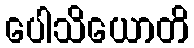
ပေါသိယောတိ